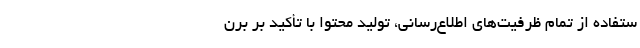
ستفاده از تمام ظرفيت‌هاي اطلاع‌رساني، توليد محتوا با تأكيد بر برن